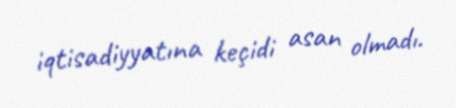
iqtisadiyyatına keçidi asan olmadı.